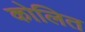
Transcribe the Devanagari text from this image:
कोलित